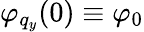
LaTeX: {\varphi_{q_{y}}}(0)\equiv\varphi_{0}